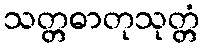
သတ္တဓာတုသုတ္တံ